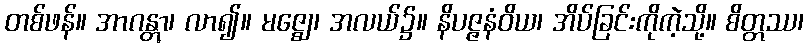
တစ်ဖန်။ အာဂန္တွာ၊ လာ၍။ မဇ္ဈေ၊ အလယ်၌။ နိပဇ္ဇနံဝိယ၊ အိပ်ခြင်းကိုကဲ့သို့။ စိတ္တဿ၊